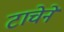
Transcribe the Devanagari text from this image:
टाचेने